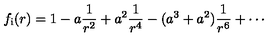
f _ { \mathrm { { i } } } ( r ) = \displaystyle { 1 - a \frac { 1 } { r ^ { 2 } } + a ^ { 2 } \frac { 1 } { r ^ { 4 } } - ( a ^ { 3 } + a ^ { 2 } ) \frac { 1 } { r ^ { 6 } } + \cdots }